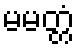
မမတ္တံ